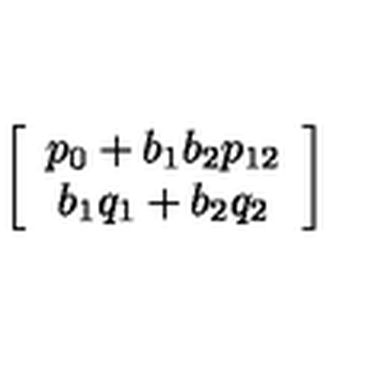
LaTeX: \left[ \begin{array} { c } { p _ { 0 } + b _ { 1 } b _ { 2 } p _ { 1 2 } } \\ { b _ { 1 } q _ { 1 } + b _ { 2 } q _ { 2 } } \\ \end{array} \right]